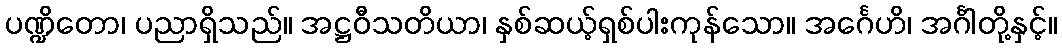
ပဏ္ဍိတော၊ ပညာရှိသည်။ အဋ္ဌဝီသတိယာ၊ နှစ်ဆယ့်ရှစ်ပါးကုန်သော။ အင်္ဂေဟိ၊ အင်္ဂါတို့နှင့်။